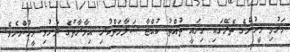
މަރުވި މީހުންގެ ތެރޭގައި ގިނައީ ތުއްތު ކުއްޖާ ސަލާމަތްކުރި އިމާރާތުގެ ދަށުވި މީހުންނެވެ.